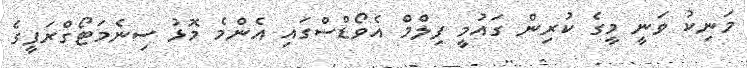
މަނިކު ވަނީ މީގެ ކުރިން ގައުމީ ފިލްމް އެވޯޑްސްގައި އެންމެ މޮޅު ސިނެމަޓޯގްރަފީގެ